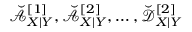
\breve { \mathcal { A } } _ { X | Y } ^ { [ 1 ] } , \breve { \mathcal { A } } _ { X | Y } ^ { [ 2 ] } , \dots , \breve { \mathcal { D } } _ { X | Y } ^ { [ 2 ] }